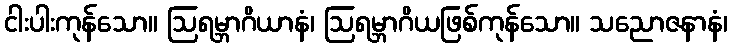
ငါးပါးကုန်သော။ ဩရမ္ဘာဂိယာနံ၊ ဩရမ္ဘာဂိယဖြစ်ကုန်သော။ သညောဇနာနံ၊